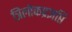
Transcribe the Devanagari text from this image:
त्रिलोकप्रज्ञप्ति